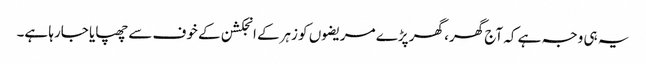
یہ ہی وجہ ہے کہ آج گھر، گھر پڑے مریضوں کو زہرکے انجکشن کے خوف سے چھپایا جارہا ہے۔